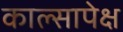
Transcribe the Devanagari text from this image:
काल्सापेक्ष